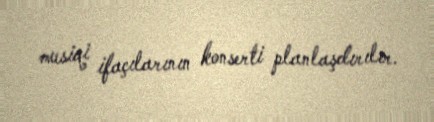
musiqi ifaçılarının konserti planlaşdırılır.